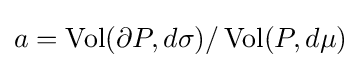
a=\operatorname {Vol} (\partial P,d\sigma )/\operatorname {Vol} (P,d\mu )